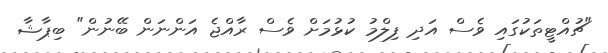
"ޗުއްޓީތަކުގައި ވެސް އަދި ފިލްމު ކުޅުމަށް ވެސް ރާއްޖެ އަންނަން ބޭނުން" ބިޕާޝާ